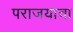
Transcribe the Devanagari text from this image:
पराजयाचा